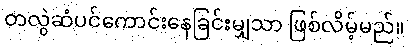
တလွဲဆံပင်ကောင်းနေခြင်းမျှသာ ဖြစ်လိမ့်မည်။